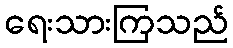
ရေးသားကြသည်